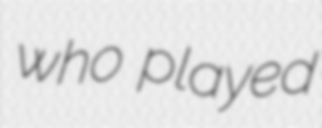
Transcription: who played